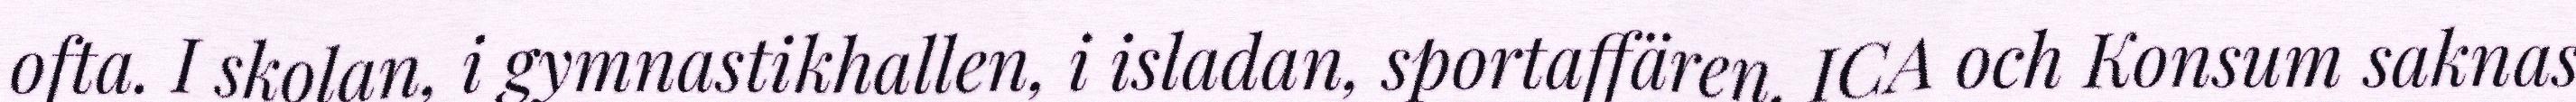
ofta. I skolan, i gymnastikhallen, i isladan, sportaffären, ICA och Konsum saknas